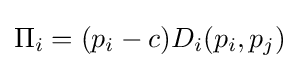
{\textstyle \Pi _{i}=(p_{i}-c)D_{i}(p_{i},p_{j})}